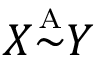
X { \overset { \underset { \mathrm { A } } { } } { \sim } } Y